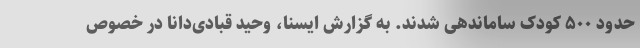
حدود ۵۰۰ کودک ساماندهی شدند. به گزارش ایسنا، وحید قبادی‌دانا در خصوص